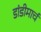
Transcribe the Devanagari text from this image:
डांडीमार्च